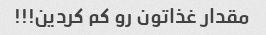
مقدار غذاتون رو کم کردین!!!